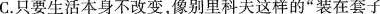
C.只要生活本身不改变，像别里科夫这样的”装在套子